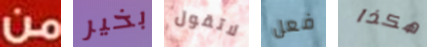
من بخير لاتقول فعل هكذا